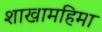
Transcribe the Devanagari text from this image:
शाखामहिमा